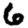
Digit: 6